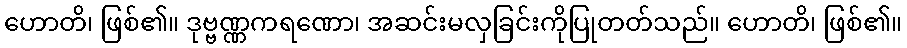
ဟောတိ၊ ဖြစ်၏။ ဒုဗ္ဗဏ္ဏကရဏော၊ အဆင်းမလှခြင်းကိုပြုတတ်သည်။ ဟောတိ၊ ဖြစ်၏။